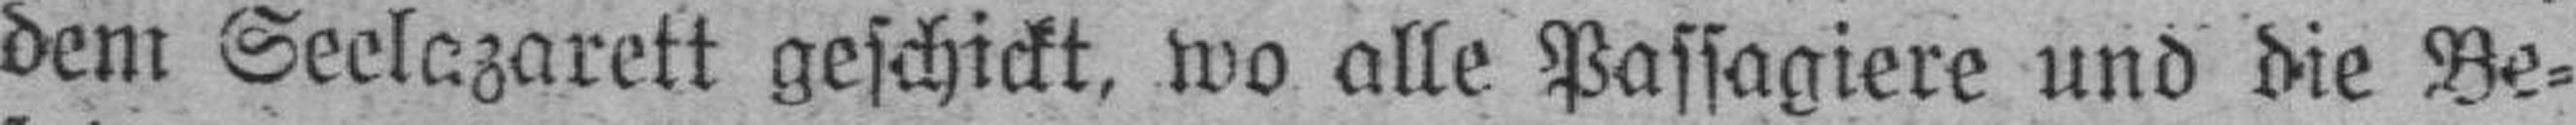
dem Seelazarett geschickt, wo alle Passagiere und die Be¬